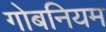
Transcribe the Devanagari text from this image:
गोबनियम